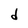
Character: d